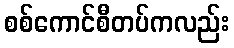
စစ်ကောင်စီတပ်ကလည်း